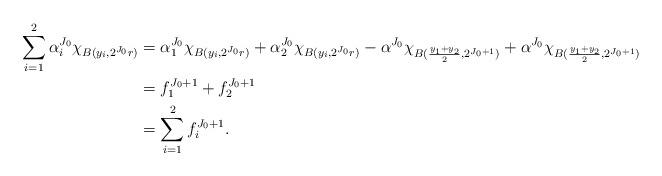
LaTeX: \begin{align*}\sum_{i=1}^{2} \alpha_{i}^{J_{0}} \chi_{B(y_{i},2^{J_{0}}r)} &= \alpha_{1}^{J_{0}} \chi_{B(y_{i},2^{J_{0}}r)} + \alpha_{2}^{J_{0}} \chi_{B(y_{i}, 2^{J_{0}}r)} -\alpha^{J_{0}} \chi_{B(\frac{y_{1}+y_{2}}{2}, 2^{J_{0}+1})} + \alpha^{J_{0}} \chi_{B(\frac{y_{1}+y_{2}}{2}, 2^{J_{0}+1})}\\&= f_{1}^{J_{0}+1} + f_{2}^{J_{0}+1}\\&= \sum_{i=1}^{2} f_{i}^{J_{0}+1}.\end{align*}